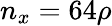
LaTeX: n_{x}=64\rho